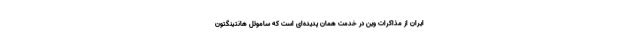
ایران از مذاکرات وین در خدمت همان پدیده‌ای است که ساموئل هانتینگتون